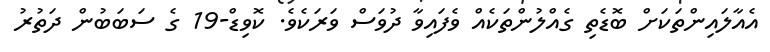
އެއާލައިންތަކަށް ބޮޑެތި ގެއްލުންތަކެއް ވެފައިވާ ދުވަސް ވަރަކެވެ. ކޮވިޑް-19 ގެ ސަބަބުން ދަތުރު